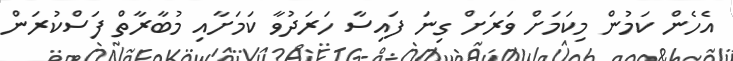
އެހެން ކަމުން މިކަމަށް ވަރަށް ގިނަ ފައިސާ ހަރަދުވާ ކަމަށާއި މުބާރާތް ފަސްކުރަން